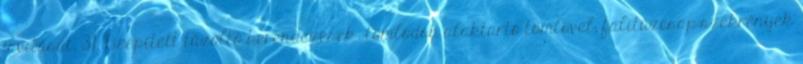
javítását. 3.1. Beépített tûzoltó berendezések: tömlõdob alaktartó tömlõvel; falitûzcsap-szekrények